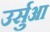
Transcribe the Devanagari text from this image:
उर्सुआ